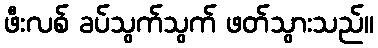
ဖီးလစ် ခပ်သွက်သွက် ဖတ်သွားသည်။